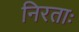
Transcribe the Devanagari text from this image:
निरताः